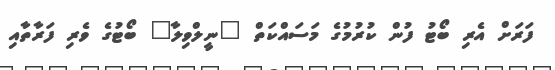
ފަރަށް އެރި ބޯޓު ފުން ކުރުމުގެ މަސައްކަތް "ނީލްވިލާ" ބޯޓުގެ ވެރި ފަރާތާއި